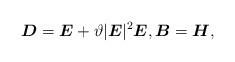
LaTeX: \begin{align*}\boldsymbol{D} = \boldsymbol{E} + \vartheta |\boldsymbol{E}|^2 \boldsymbol{E}, \boldsymbol{B} = \boldsymbol{H},\end{align*}